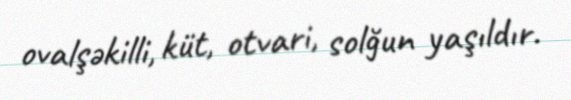
ovalşəkilli, küt, otvari, solğun yaşıldır.